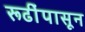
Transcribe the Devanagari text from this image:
रूढींपासून